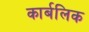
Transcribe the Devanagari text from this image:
कार्बलिक